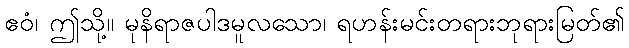
ဧဝံ၊ ဤသို့။ မုနိရာဇပါဒမူလသော၊ ရဟန်းမင်းတရားဘုရားမြတ်၏